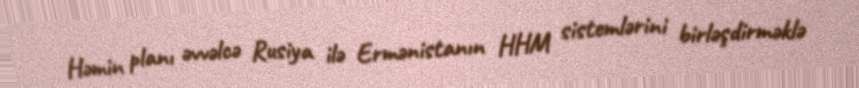
Həmin planı əvvəlcə Rusiya ilə Ermənistanın HHM sistemlərini birləşdirməklə